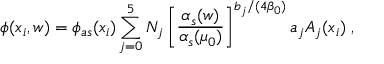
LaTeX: \phi ( x _ { i } , w ) = \phi _ { a s } ( x _ { i } ) \sum _ { j = 0 } ^ { 5 } N _ { j } \left[ \frac { \alpha _ { s } ( w ) } { \alpha _ { s } ( \mu _ { 0 } ) } \right] ^ { b _ { j } / ( 4 \beta _ { 0 } ) } a _ { j } A _ { j } ( x _ { i } ) \; ,